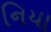
નિયા